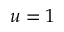
u = 1